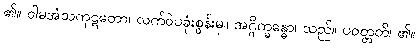
၏။ ဝါမအံသကုဋတော၊ လက်ဝဲပခုံးစွန်းမှ။ အဂ္ဂိက္ခန္ဓော၊ သည်။ ပဝတ္တတိ၊ ၏။